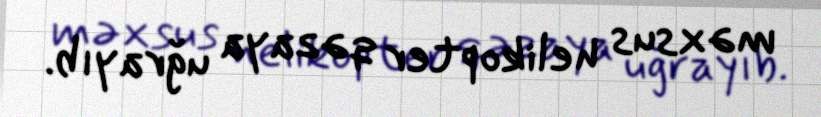
məxsus helikopter qəzaya uğrayıb.